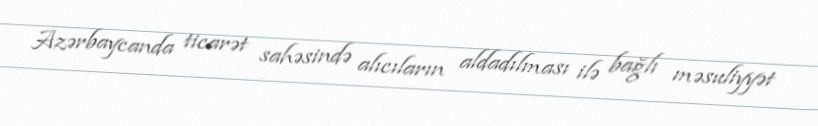
Azərbaycanda ticarət sahəsində alıcıların aldadılması ilə bağlı məsuliyyət